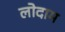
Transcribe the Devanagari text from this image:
लोदाम